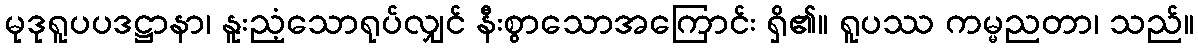
မုဒုရူပပဒဋ္ဌာနာ၊ နူးညံ့သောရုပ်လျှင် နီးစွာသောအကြောင်း ရှိ၏။ ရူပဿ ကမ္မညတာ၊ သည်။